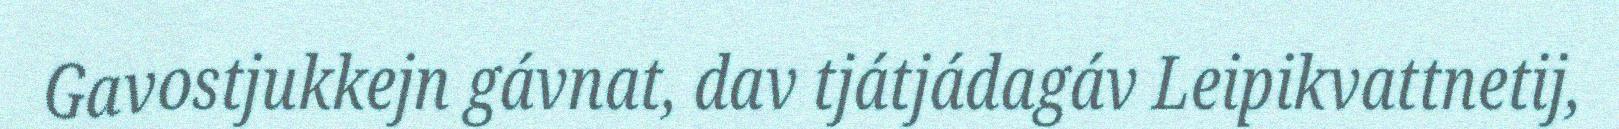
Gavostjukkejn gávnat, dav tjátjádagáv Leipikvattnetij,